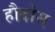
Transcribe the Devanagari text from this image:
हौदोस